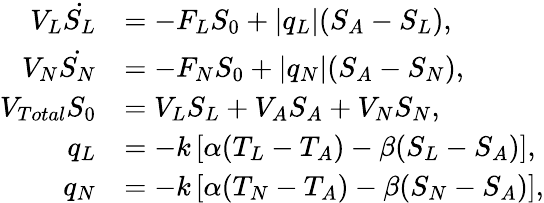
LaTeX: \begin{array}{rl}{V_{L}\dot{S_{L}}}&{=-F_{L}S_{0}+|q_{L}|(S_{A}-S_{L}),}\\ {V_{N}\dot{S_{N}}}&{=-F_{N}S_{0}+|q_{N}|(S_{A}-S_{N}),}\\ {V_{Total}S_{0}}&{=V_{L}S_{L}+V_{A}S_{A}+V_{N}S_{N},}\\ {q_{L}}&{=-k\left[\alpha(T_{L}-T_{A})-\beta(S_{L}-S_{A})\right],}\\ {q_{N}}&{=-k\left[\alpha(T_{N}-T_{A})-\beta(S_{N}-S_{A})\right],}\end{array}